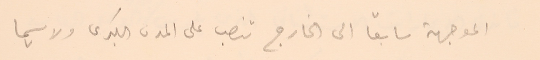
الموجهة سابقا الى الخارج تنصب على المدن البكرى ولا سيما